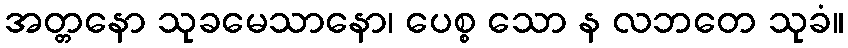
အတ္တနော သုခမေသာနော၊ ပေစ္စ သော န လဘတေ သုခံ။